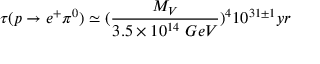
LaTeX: \tau ( p \rightarrow e ^ { + } \pi ^ { 0 } ) \simeq ( \frac { M _ { V } } { 3 . 5 \times 1 0 ^ { 1 4 } ~ G e V } ) ^ { 4 } 1 0 ^ { 3 1 \pm 1 } y r